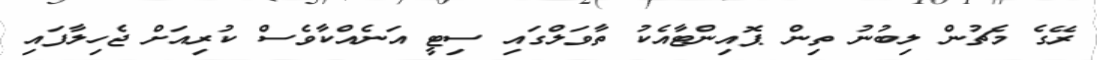
ރޭގެ މެޗުން ލިބުނު ތިން ޕޮއިންޓާއެކު ތާވަލްގައި ސިޓީ އަނެއްކާވެސް ކުރިއަށް ޖެހިލާފައި